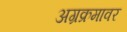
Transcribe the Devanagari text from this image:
अग्रक्रमावर